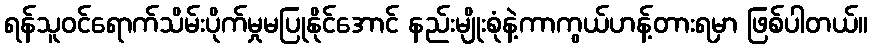
ရန်သူဝင်ရောက်သိမ်းပိုက်မှုမပြုနိုင်အောင် နည်းမျိုးစုံနဲ့ကာကွယ်ဟန့်တားရမှာ ဖြစ်ပါတယ်။